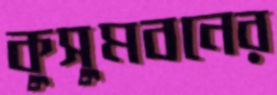
কুসুমবনের